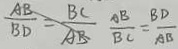
\frac { A B } { B D } = \frac { B C } { A B } \frac { A B } { B C } = \frac { B D } { A B }